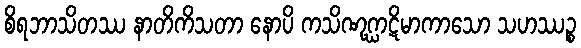
စိရဘာသိတဿ နာတိကိသတာ နောပိ ကသိဏုဂ္ဃာဋိမာကာသော သဟဿဉ္စ